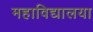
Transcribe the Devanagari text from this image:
महाविद्यालया